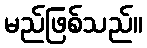
မည်ဖြစ်သည်။